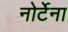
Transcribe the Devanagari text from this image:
नोर्टेना